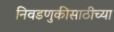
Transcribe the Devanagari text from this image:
निवडणुकीसाठीच्या